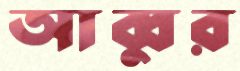
আব্বুর